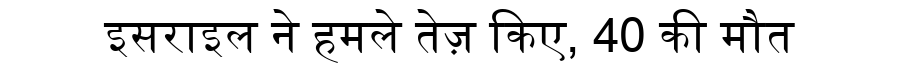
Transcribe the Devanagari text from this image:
इसराइल ने हमले तेज़ किए, 40 की मौत